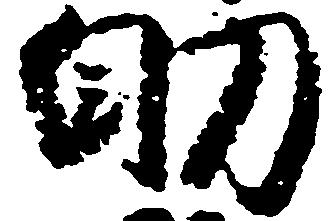
助